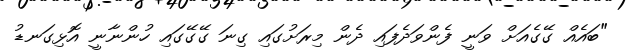
"ބައެއް ގޭގެއަށް ވަނީ ފެންވަދެފައި ދެން މިރަށުގައި ގިނަ ގޭގޭގައި ހުންނާނީ އޮޅިގަނޑު